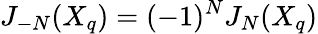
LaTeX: J_{-N}(X_{q})=(-1)^{N}J_{N}(X_{q})